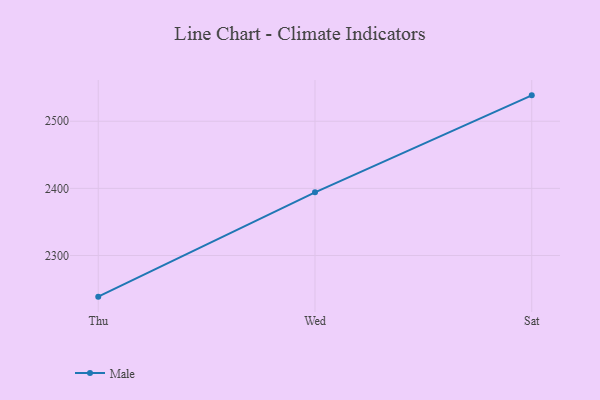
{"axis": {"x": "Day", "y": "Tickets Resolved"}, "legend": ["Male"], "data": [{"x": "Thu", "y": 2238.7, "type": "Male"}, {"x": "Wed", "y": 2394.1, "type": "Male"}, {"x": "Sat", "y": 2538.6, "type": "Male"}]}